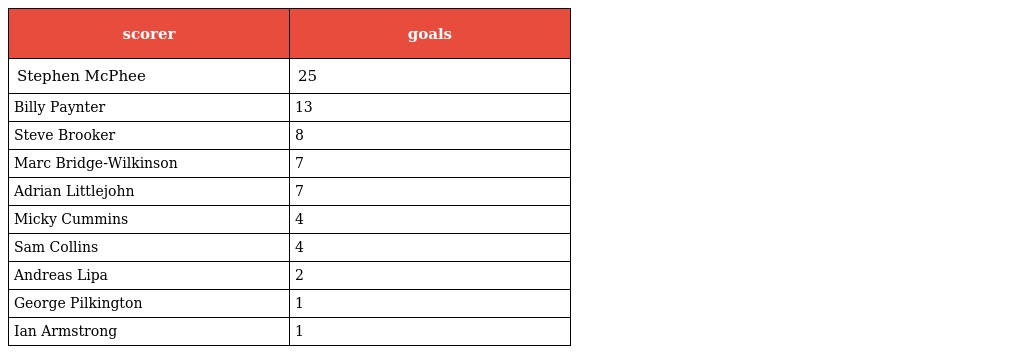
| scorer | goals |
 | --- | --- |
 | Stephen McPhee | 25 |
 | Billy Paynter | 13 |
 | Steve Brooker | 8 |
 | Marc Bridge-Wilkinson | 7 |
 | Adrian Littlejohn | 7 |
 | Micky Cummins | 4 |
 | Sam Collins | 4 |
 | Andreas Lipa | 2 |
 | George Pilkington | 1 |
 | Ian Armstrong | 1 |